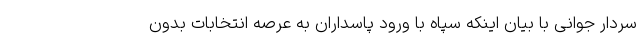
سردار جوانی با بیان اینکه سپاه با ورود پاسداران به عرصه انتخابات بدون